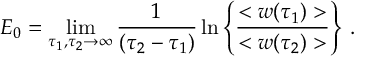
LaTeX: E _ { 0 } = \operatorname * { l i m } _ { \tau _ { 1 } , \tau _ { 2 } \to \infty } { \frac { 1 } { ( \tau _ { 2 } - \tau _ { 1 } ) } } \ln \Bigg \{ { \frac { < w ( \tau _ { 1 } ) > } { < w ( \tau _ { 2 } ) > } } \Bigg \} \ .